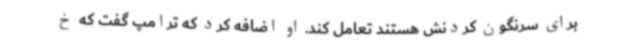
برای سرنگون کردنش هستند تعامل کند. او اضافه کرد که ترامپ گفت که خ